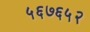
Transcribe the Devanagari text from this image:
५६७६५२